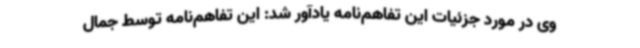
وی در مورد جزئیات این تفاهم‌نامه یادآور شد: این تفاهم‌نامه توسط جمال